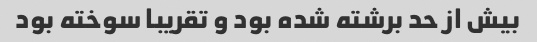
بیش از حد برشته شده بود و تقریبا سوخته بود